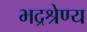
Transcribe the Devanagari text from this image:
भद्रश्रेण्य